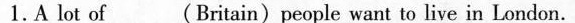
1.A lot of___(Britain)people want to live in London.